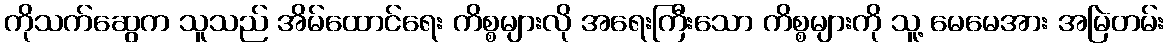
ကိုသက်ဆွေက သူသည် အိမ်ထောင်ရေး ကိစ္စများလို အရေးကြီးသော ကိစ္စများကို သူ့ မေမေအား အမြဲတမ်း